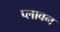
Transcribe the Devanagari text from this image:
प्‍लावन